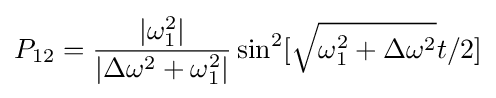
P_{12}={\frac {|\omega _{1}^{2}|}{|\Delta \omega ^{2}+\omega _{1}^{2}|}}\sin ^{2}[{\sqrt {\omega _{1}^{2}+\Delta \omega ^{2}}}t/2]